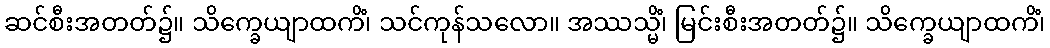
ဆင်စီးအတတ်၌။ သိက္ခေယျာထကိံ၊ သင်ကုန်သလော။ အဿသ္မိံ၊ မြင်းစီးအတတ်၌။ သိက္ခေယျာထကိံ၊